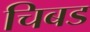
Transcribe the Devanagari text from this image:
चिबड